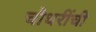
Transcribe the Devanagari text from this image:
चौधरींची